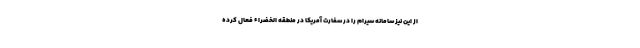
از این نیز سامانه سیرام را در سفارت آمریکا در منطقه الخضراء فعال کرده